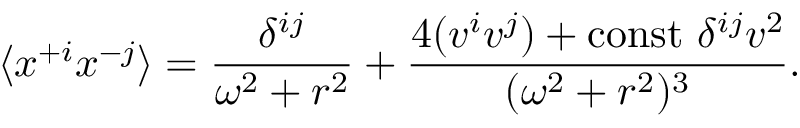
\langle x ^ { + i } x ^ { - j } \rangle = { \frac { \delta ^ { i j } } { \omega ^ { 2 } + r ^ { 2 } } } + { \frac { 4 ( v ^ { i } v ^ { j } ) + \mathrm { c o n s t } \ \delta ^ { i j } v ^ { 2 } } { ( \omega ^ { 2 } + r ^ { 2 } ) ^ { 3 } } } .